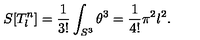
S [ T _ { l } ^ { n } ] = \frac 1 { 3 ! } \int _ { S ^ { 3 } } \theta ^ { 3 } = \frac 1 { 4 ! } \pi ^ { 2 } l ^ { 2 } .